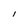
Character: I